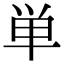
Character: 単